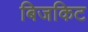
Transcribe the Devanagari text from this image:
बिजकिट